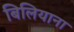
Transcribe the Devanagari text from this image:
बिलियाना